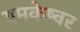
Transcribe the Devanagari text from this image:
यमकेष्वर